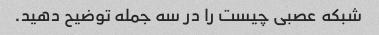
شبکه عصبی چیست را در سه جمله توضیح دهید.